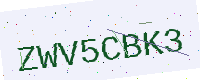
Text: ZWV5CBK3